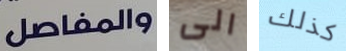
والمفاصل الى كذلك